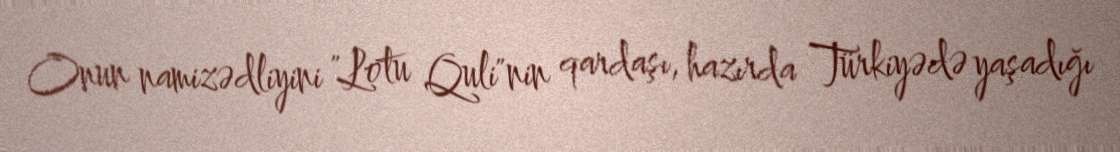
Onun namizədliyini "Lotu Quli"nin qardaşı, hazırda Türkiyədə yaşadığı